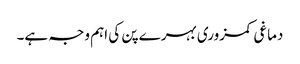
دماغی کمزوری بہرے پن کی اہم وجہ ہے۔